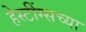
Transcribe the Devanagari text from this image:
हेस्टींग्सच्या